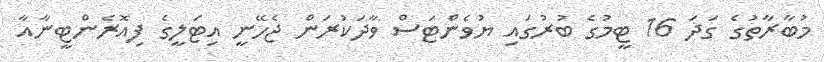
މުބާރާތުގެ ގަދަ 16 ޓީމުގެ ބުރުގައި ޔުވެންޓަސް ވާދަކުރަން ޖެހޭނީ އިޓަލީގެ ފިއޮރެންޓީނާއާ